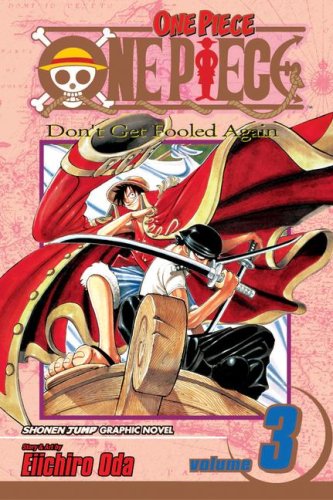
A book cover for One Piece, Vol. 3: Don't Get Fooled Again; Eiichiro Oda; Comics & Graphic Novels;